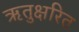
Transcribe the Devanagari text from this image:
ऋतुक्षरित